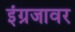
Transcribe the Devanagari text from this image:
इंग्रजावर